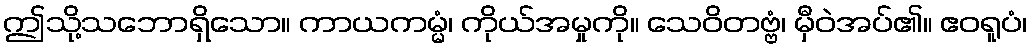
ဤသို့သဘောရှိသော။ ကာယကမ္မံ၊ ကိုယ်အမှုကို။ သေဝိတဗ္ဗံ၊ မှီဝဲအပ်၏။ ဧဝရူပံ၊